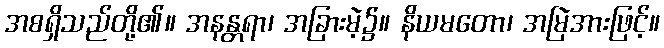
အစရှိသည်တို့၏။ အနန္တရာ၊ အခြားမဲ့၌။ နိယမတော၊ အမြဲအားဖြင့်။